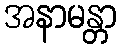
အနာမန္တာ